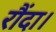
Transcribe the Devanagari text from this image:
रौंदा।